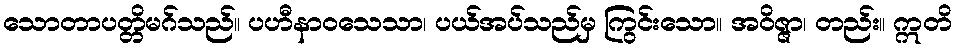
သောတာပတ္တိမဂ်သည်။ ပဟီနာဝသေသာ၊ ပယ်အပ်သည်မှ ကြွင်းသော။ အဝိဇ္ဇာ၊ တည်း။ ဣတိ